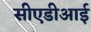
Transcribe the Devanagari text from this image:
सीएडीआई